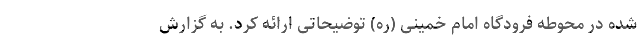
شده در محوطه فرودگاه امام خمینی (ره) توضیحاتی ارائه کرد. به گزارش